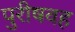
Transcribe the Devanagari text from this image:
पुरीषवह